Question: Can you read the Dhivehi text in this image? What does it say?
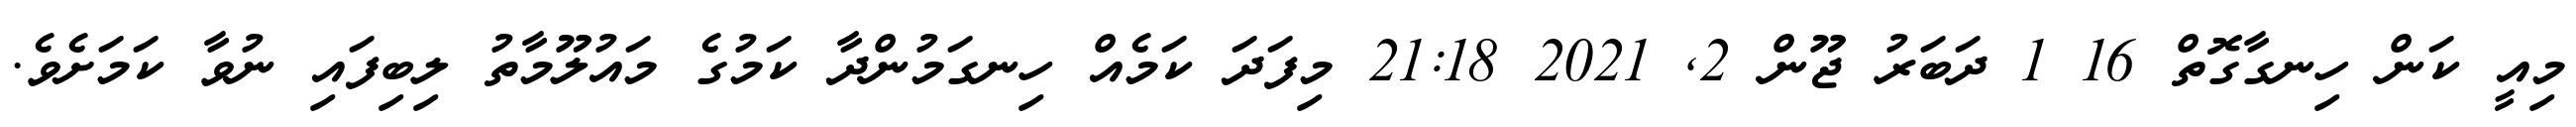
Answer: މިއީ ކަން ހިނގާގޮތް 16 1 ދަބަރު ޖޫން 2, 2021 21:18 މިފަދަ ކަމެއް ހިނގަމުންދާ ކަމުގެ މައުލޫމާތު ލިބިފައި ނުވާ ކަމަށެވެ.